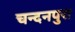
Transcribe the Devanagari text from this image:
चन्दनपुरा